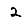
Digit: 2